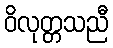
ဝိလုတ္တသညီ